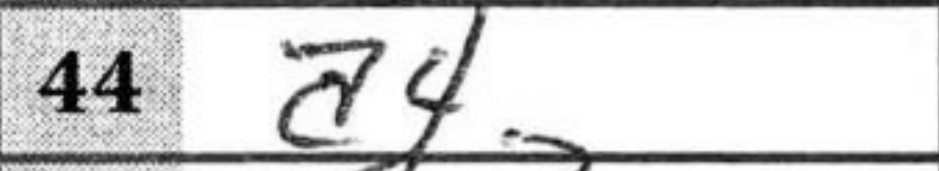
Transcription: a4